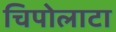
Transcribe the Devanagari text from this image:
चिपोलाटा